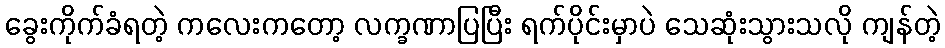
ခွေးကိုက်ခံရတဲ့ ကလေးကတော့ လက္ခဏာပြပြီး ရက်ပိုင်းမှာပဲ သေဆုံးသွားသလို ကျန်တဲ့